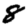
Digit: 8